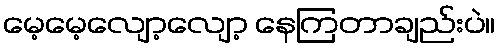
မေ့မေ့လျော့လျော့ နေကြတာချည်းပဲ။